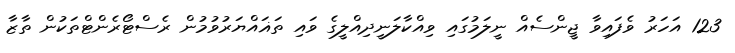
123 އަހަރު ވެފައިވާ ޖީންސެއް ނީލަމުގައި ވިއްކާލަނީދިއްލީގެ ވައި ތަޣައްޔަރުވުމުން ރެސްޓޯރެންޓްތަކުން ތާޒާ